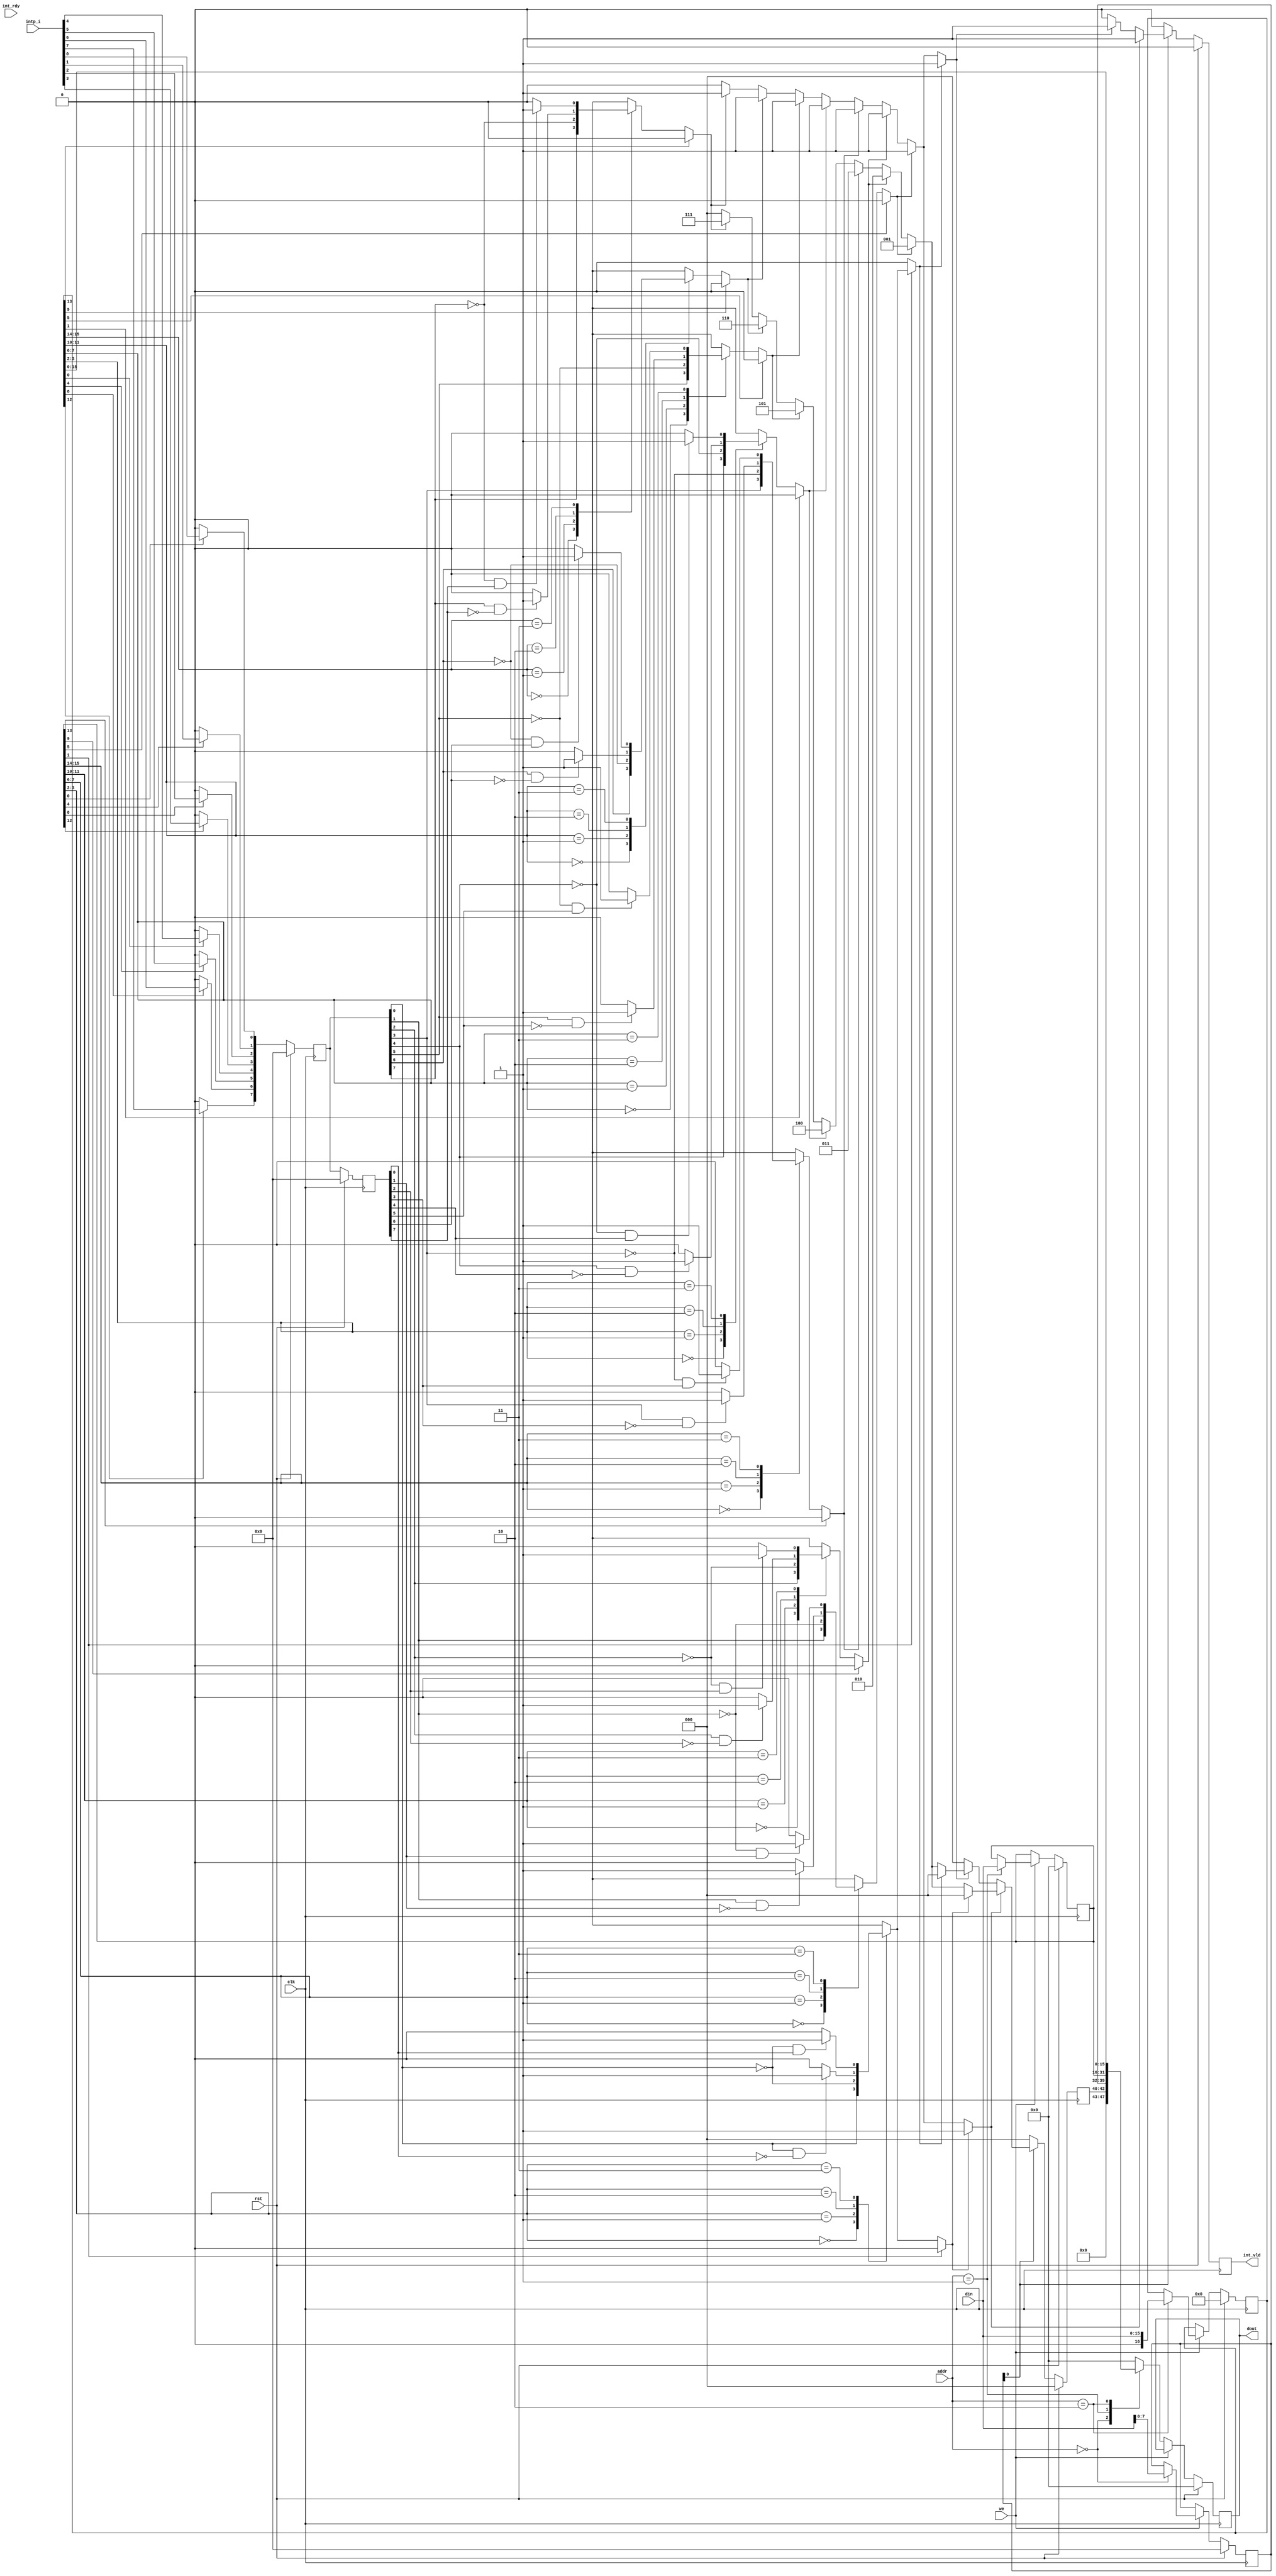
module intc
#(
	parameter DW = 16,
	parameter AW = 13 
)(
	input			clk, //
	input			 rst,  //
	input [DW-1:0]	din, //
	input [AW-1:0]	addr, //
	input			we, //
	output reg[DW-1:0] dout, //
	input wire[7:0]intp_i,//
	input wire int_rdy,//1
	output reg int_vld//
);
/*

---------------------------------------

/8intp_i

SoC
---------------------------------------
2
INTC[10:8]
---------------------------------------
*/
localparam INTC_A=12'h0;//
localparam INT0_A=12'h1;//0123
localparam INT1_A=12'h2;//4567

reg [10:0]INTC;//
//INTC[0]0:1:
//INTC[10:8]
reg [15:0]INT0;//0123
/*
INT0[3:0]0
INT0[0]0:1:
INT0[1]0:1:
INT0[3:2]00:011011
INT1[7:4]1
INT1[4]0:1:
INT1[5]0:1:
INT1[7:6]00:011011
INT2[11:8]2
INT2[8]0:1:
INT2[9]0:1:
INT2[11:10]00:011011
INT3[15:12]3
INT3[12]0:1:
INT3[13]0:1:
INT3[15:14]00:011011
*/
reg [16:0]INT1;//4567
/*
INT4[3:0]4
INT4[0]0:1:
INT4[1]0:1:
INT4[3:2]00:011011
INT5[7:4]5
INT5[4]0:1:
INT5[5]0:1:
INT5[7:6]00:011011
INT6[11:8]6
INT6[8]0:1:
INT6[9]0:1:
INT6[11:10]00:011011
INT7[15:12]7
INT7[12]0:1:
INT7[13]0:1:
INT7[15:14]00:011011
*/
//
wire [31:0]INTA={INT1,INT0};

//
reg [7:0]intp_i_r;//
reg [7:0]intp_i_rr;//
reg [7:0]intp_c;//
reg [7:0]intp_tg;//
reg [7:0]intp_h;//
reg intp_ht;//
reg [2:0]intp_hn;//
reg [7:0]intp_l;//
reg intp_lt;//
reg [2:0]intp_ln;//

//
always @(posedge clk) begin
if(rst) begin
	INTC[7:0] <= 8'h0;
	INT0 <= 16'h0;
	INT1 <= 16'h0;
	dout <= 16'h0;
	end	
else begin
	if(we)
		case (addr)//
			INTC_A: #0.1 INTC[7:0] <= din[7:0];
			INT0_A: #0.1 INT0 <= din;
			INT1_A: #0.1 INT1 <= din;
			default: ;
		endcase
	else begin
		case (addr)//
			INTC_A: #0.1 dout <= INTC;
			INT0_A: #0.1 dout <= INT0;
			INT1_A: #0.1 dout <= INT1;
			default: dout <= 16'h0;
		endcase
		end
	end
end

//0
integer j;
always @(*) begin
	for(j=0;j<=7;j=j+1)
		intp_c[j]=INTA[4*j]?intp_i[j]:1'b0;
end

//
always @(posedge clk) begin
if(rst) begin
	intp_i_r <= 16'h0;
	intp_i_rr <= 16'h0;
	end	
else begin
	intp_i_r <= intp_c;
	intp_i_rr <= intp_i_r;
	end
end

//
always @(*) begin
	for(j=0;j<=7;j=j+1) begin
		case ({INTA[4*j+3],INTA[4*j+2]})
			2'b00: intp_tg[j]=intp_i_r[j];
			2'b01: intp_tg[j]=~intp_i_r[j];
			2'b10: intp_tg[j]=(intp_i_r[j] && ~intp_i_rr[j])?1'b1:1'b0;
			2'b11: intp_tg[j]=(~intp_i_r[j] && intp_i_rr[j])?1'b1:1'b0;
		endcase
		end
end

//
always @(*) begin
	for(j=0;j<=7;j=j+1) begin
		if(INTA[4*j+1]) begin
			intp_h[j]=1'b0;
			intp_l[j]=intp_tg[j];
			end
		else begin
			intp_h[j]=intp_tg[j];
			intp_l[j]=1'b0;
			end
		end
end

//
//
always @(*) begin
	if(intp_h[0]) begin
		intp_ht=1'b1;
		intp_hn=3'h0;
		end
	else if(intp_h[1]) begin
		intp_ht=1'b1;
		intp_hn=3'h1;
		end
	else if(intp_h[2]) begin
		intp_ht=1'b1;
		intp_hn=3'h2;
		end
	else if(intp_h[3]) begin
		intp_ht=1'b1;
		intp_hn=3'h3;
		end
	else if(intp_h[4]) begin
		intp_ht=1'b1;
		intp_hn=3'h4;
		end
	else if(intp_h[5]) begin
		intp_ht=1'b1;
		intp_hn=3'h5;
		end
	else if(intp_h[6]) begin
		intp_ht=1'b1;
		intp_hn=3'h6;
		end
	else if(intp_h[7]) begin
		intp_ht=1'b1;
		intp_hn=3'h7;
		end
	else begin
		intp_ht=1'b0;
		intp_hn=3'h0;
		end
end
//
always @(*) begin
	if(intp_l[0]) begin
		intp_lt=1'b1;
		intp_ln=3'h0;
		end
	else if(intp_h[1]) begin
		intp_lt=1'b1;
		intp_ln=3'h1;
		end
	else if(intp_h[2]) begin
		intp_lt=1'b1;
		intp_ln=3'h2;
		end
	else if(intp_h[3]) begin
		intp_lt=1'b1;
		intp_ln=3'h3;
		end
	else if(intp_h[4]) begin
		intp_lt=1'b1;
		intp_ln=3'h4;
		end
	else if(intp_h[5]) begin
		intp_lt=1'b1;
		intp_ln=3'h5;
		end
	else if(intp_h[6]) begin
		intp_lt=1'b1;
		intp_ln=3'h6;
		end
	else if(intp_h[7]) begin
		intp_lt=1'b1;
		intp_ln=3'h7;
		end
	else begin
		intp_lt=1'b0;
		intp_ln=3'h0;
		end
end

//
always @(posedge clk) begin
	if(rst) begin
		int_vld <= 1'b0;
		INTC[10:8] <= 3'h0;
		end 
	else begin
		if(INTC[0]) begin
			if(intp_ht) begin
				int_vld <= 1'b1;
				INTC[10:8] <= intp_hn;
				end
			else if(intp_lt) begin
				int_vld <= 1'b1;
				INTC[10:8] <= intp_ln;
				end
			else begin
				int_vld <= 1'b0;
				INTC[10:8] <= 3'h0;
				end
			end
		else begin
			int_vld <= 1'b0;
			INTC[10:8] <= 3'h0;
			end
		end
end

endmodule